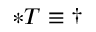
* T \equiv \dagger